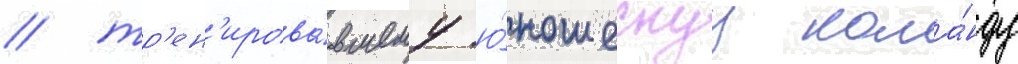
/ тр'ен'ирова́вшему ю́ношескуу кома́нду